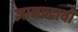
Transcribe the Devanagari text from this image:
ज्ञानप्रदायी